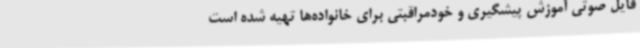
فایل صوتی آموزش پیشگیری و خودمراقبتی برای خانواده‌ها تهیه شده است